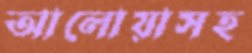
আলোয়াসহ